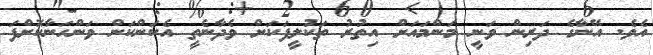
އެވެ. އޭނާގެ ދަރިން ވަނީ މަންމައަށް އިތުރު ތަކުލީފަކަށް ވެދާނެތީ އެކަންކަން ވަންހަނާކޮށްފަ